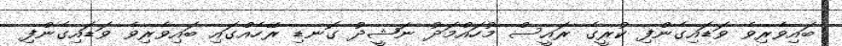
ބައިވެރިވެ ވަޑައިގެންފި ކުރީގެ ރައީސް މުހައްމަދު ނަޝީދު ގޮނޑި ރޭހެއްގައި ބައިވެރިވެ ވަޑައިގެންފި